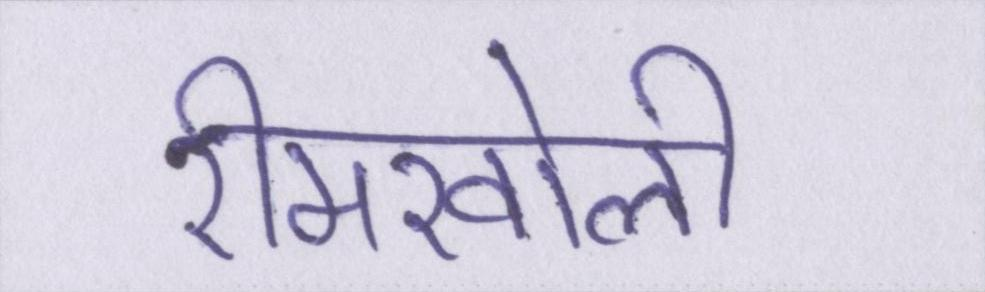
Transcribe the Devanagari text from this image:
रीमखोली